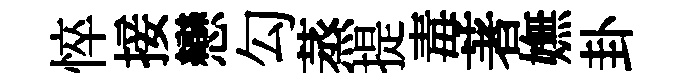
悴接戀勾蒸提毒著嫵卦